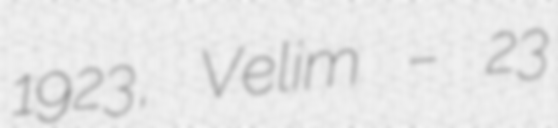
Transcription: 1923, Velim – 23